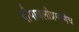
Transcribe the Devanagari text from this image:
दीपावलीप्रमाणेच